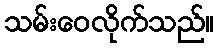
သမ်းဝေလိုက်သည်။